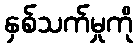
နှစ်သက်မှုကို